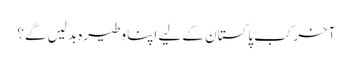
آخر کب پاکستان کے لیے اپنا وطیرہ بدلیں گے؟